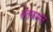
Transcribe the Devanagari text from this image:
श्वेतकमल